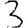
Digit: 3